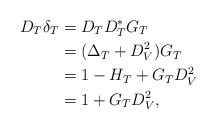
\begin{align*}D_T \delta_T &= D_T D_T^* G_T \\&= (\Delta_T + D_V^2) G_T \\&= 1 - H_T + G_T D_V^2 \\&= 1 + G_T D_V^2,\end{align*}